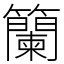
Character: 籣